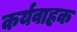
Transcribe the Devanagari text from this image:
कर्यवाहक